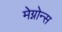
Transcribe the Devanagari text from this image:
मेग्नोन्स